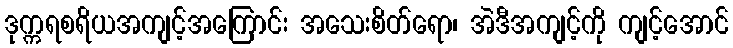
ဒုက္ကရစရိယအကျင့်အကြောင်း အသေးစိတ်ရော၊ အဲဒီအကျင့်ကို ကျင့်အောင်